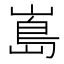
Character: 𭗃